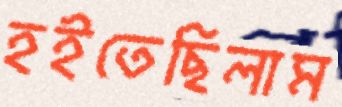
হইতেছিলাম